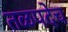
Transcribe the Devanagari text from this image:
तळपदेच